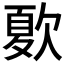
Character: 𣣺